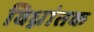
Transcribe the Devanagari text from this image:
विध्नांतक